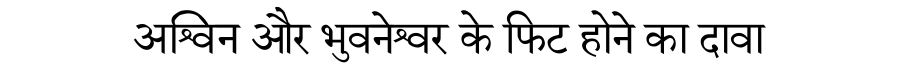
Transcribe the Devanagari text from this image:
अश्विन और भुवनेश्वर के फिट होने का दावा